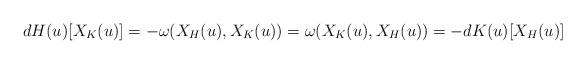
LaTeX: \begin{align*}dH(u)[X_{K}(u)] = -\omega(X_H(u),X_K(u)) = \omega(X_K(u),X_H(u)) = - dK(u)[X_H(u)]\end{align*}